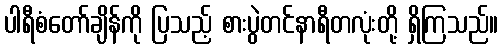
ပါရီစံတော်ချိန်ကို ပြသည့် စားပွဲတင်နာရီတလုံးတို့ ရှိကြသည်။